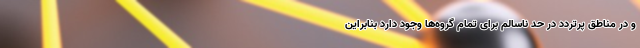
و در مناطق پرتردد در حد ناسالم برای تمام گروه‌ها وجود دارد بنابراین